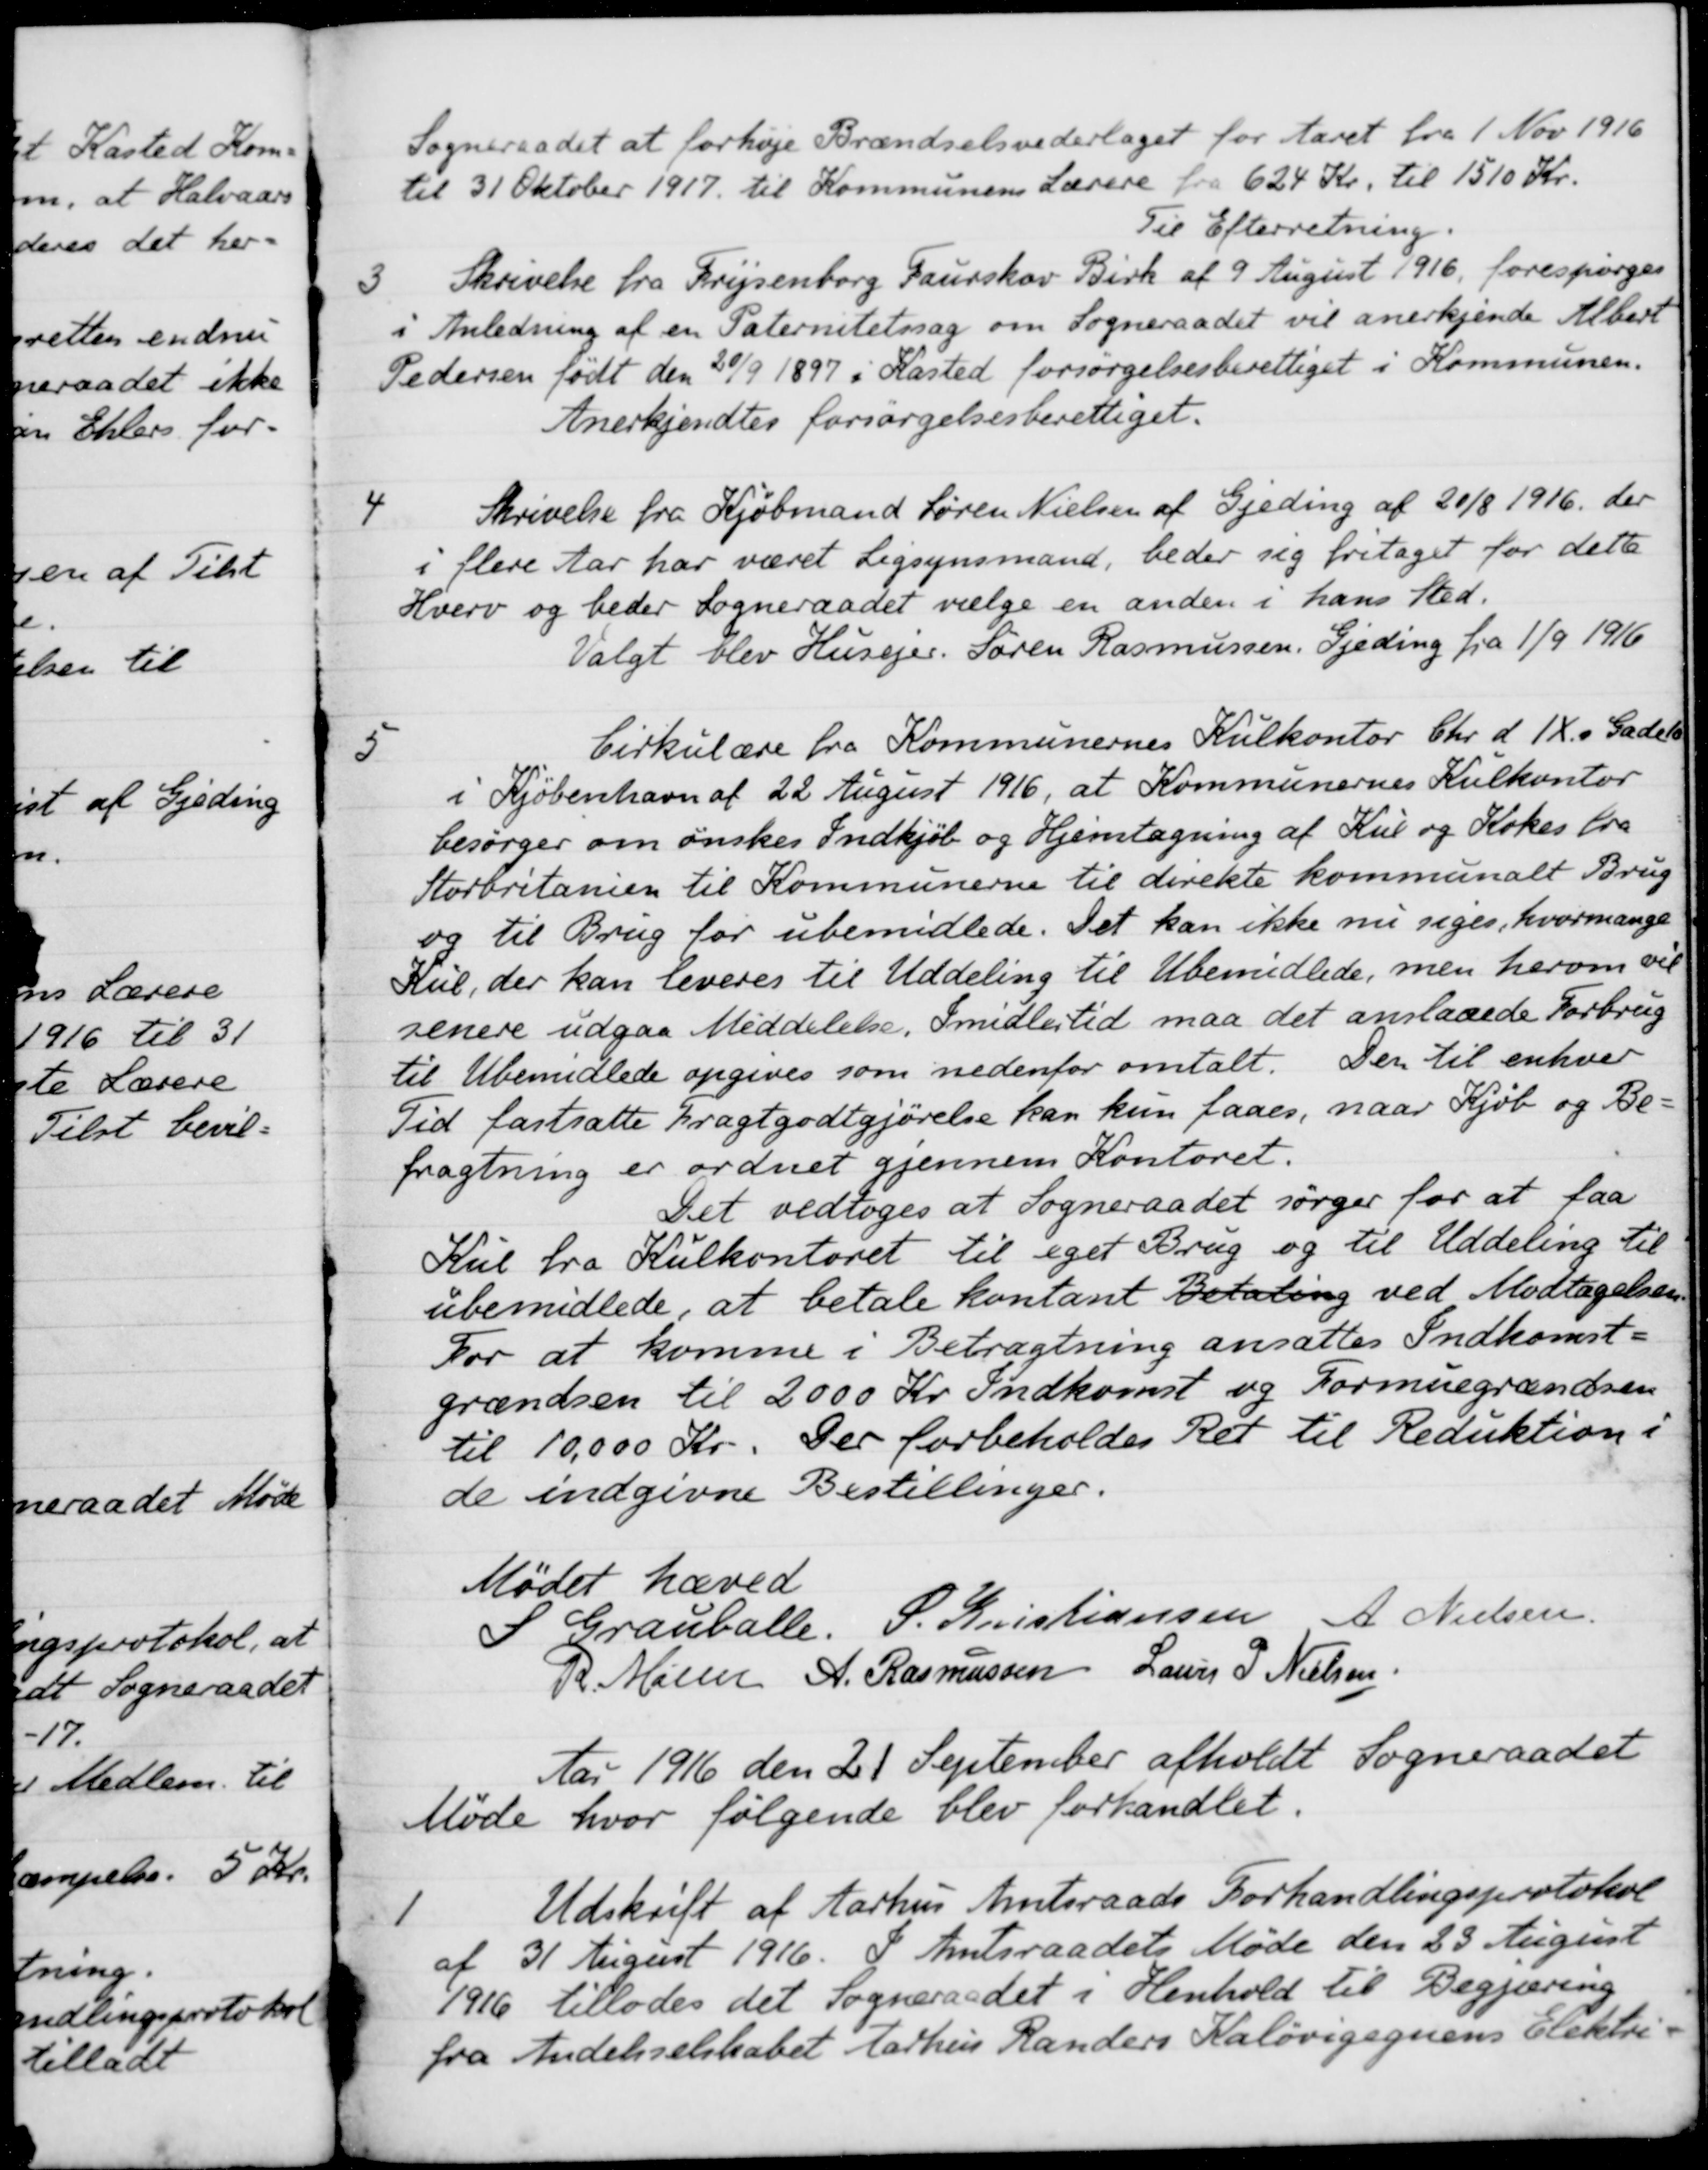
Transskription:
Sogneraadet at forhøje Brændselsvederlaget for Aaret fra 1 Nov 1916
til 31 Oktober 1917 til Kommunens Lærere fra 624 Kr. til 1510 Kr.
Til Efterretning.
3.
Skrivelse fra Frijsenborg Faurskov Birk af 9 August 1916, forespørges
i Anledning af en Paternitetssag om Sogneraadet vil anerkjende Albert
Pedersen født den 20/9 1897 i Kasted forsørgelsesberettiget i Kommunen.
Anerkjendtes forsørgelsesberettiget.
4
Skrivelse fra Kjøbmand Søren Nielsen af Gjeding af 20/8 1916, der
i flere Aar har været Ligsynsmand, beder sig fritaget for dette
Hverv og beder Sogneraadet vælge en anden i hans Sted.
Valgt blev Husejer. Søren Rasmussen, Gjeding fra 1/9 1916
5
Cirkulære fra Kommunernes Kulkontor Chr. d. lX.s Gade 10
i Kjøbenhavn af 22 August 1916, at Kommunernes Kulkontor
besørger om ønskes Indkjøb og Hjemtagning af Kul og Kokes fra
Storbritanien til Kommunerne til direkte kommunalt Brug
og til Brug for ubemidlede. Det kan ikke nu siges, hvormange
Kul, der kan leveres til Uddeling til Ubemidlede, men herom vil
senere udgaa Meddelelse, Imidlertid maa det anslaaede Forbrug
til Ubemidlede opgives som nedenfor omtalt. Den til enhver
Tid fastsatte Fragtgodtgjørelse kan kun faaes, naar Kjøb og Be
fragtning er ordnet gjennem Kontoret.
Det vedtoges at Sogneraadet sørger for at faa
Kul fra Kulkontoret til eget Brug og til Uddeling til
ubemidlede, at betale kontant Betaling ved Modtagelsen
For at komme i Betragtning ansattes Indkomst
grændsen til 2000 Kr. Indkomst og Formuegrændsen
til 10.000 Kr. Der forbeholdes Ret til Reduktion i
de indgivne Bestillinger.
Mødet hævet
S Grauballe.
S. Kristiansen
A. Nielsen
R. Møller
A. Rasmussen
Laurs P Nielsen
Aar 1916 den 21 September afholdt Sogneraadet
Møde hvor følgende blev forhandlet.
1
Udskrift af Aarhus Amtsraads Forhandlingsprotokol
af 31 August 1916. I Amtsraadets Møde den 23 August
1916 tillodes det Sogneraadet i Henhold til Begjæring
fra Andelsselskabet Aarhus Randers Kaløvigegnens Elektri-